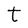
Character: t